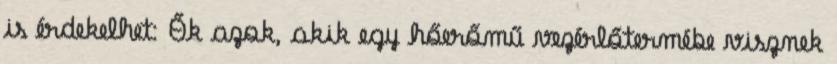
is érdekelhet: Ők azok, akik egy hőerőmű vezérlőtermébe visznek